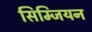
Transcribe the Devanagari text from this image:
सिम्जियन